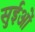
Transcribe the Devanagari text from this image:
सुईओं